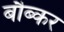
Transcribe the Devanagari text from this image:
बौब्कर